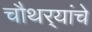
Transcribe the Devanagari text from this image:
चौथर्‍यांचे